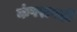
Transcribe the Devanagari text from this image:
कंपरायही